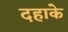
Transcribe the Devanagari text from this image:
दहाके